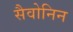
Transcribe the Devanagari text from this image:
सैवोनिन